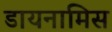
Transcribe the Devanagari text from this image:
डायनामिस